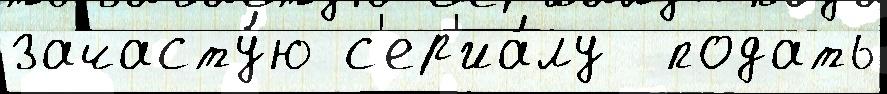
зачасту́ю с'ер'иа́лу  подать